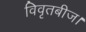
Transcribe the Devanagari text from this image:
विवृतबीज।